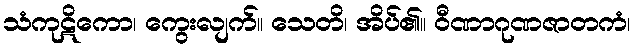
သံကုဋိကော၊ ကွေးလျက်။ သေတိ၊ အိပ်၏။ ဝီဏာဂုဏဇာတကံ၊